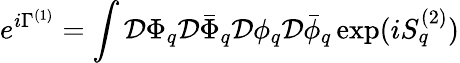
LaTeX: e^{i\Gamma^{(1)}}=\int{\cal D}\Phi_{q}{\cal D}\bar{\Phi}_{q}{\cal D}\phi_{q}{\cal D}\bar{\phi}_{q}\exp(iS_{q}^{(2)})